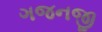
ગજનજી